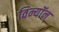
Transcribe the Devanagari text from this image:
विन्यॉन्